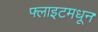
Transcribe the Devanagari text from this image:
फ्लाइटमधून